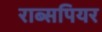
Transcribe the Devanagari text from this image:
राब्सपियर